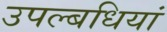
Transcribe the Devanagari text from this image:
उपल्बधियां